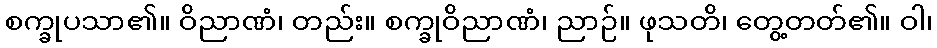
စက္ခုပသာ၏။ ဝိညာဏံ၊ တည်း။ စက္ခုဝိညာဏံ၊ ညာဉ်။ ဖုသတိ၊ တွေ့တတ်၏။ ဝါ၊